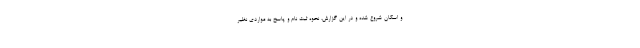
و اسکان شروع شده و در این گزارش، نحوه ثبت نام و پاسخ به مواردی نظیر